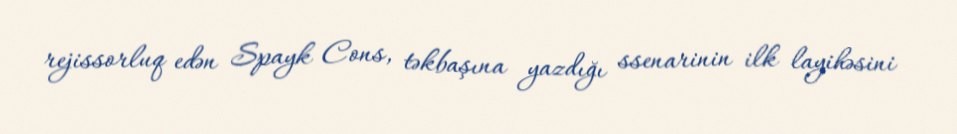
rejissorluq edən Spayk Cons, təkbaşına yazdığı ssenarinin ilk layihəsini